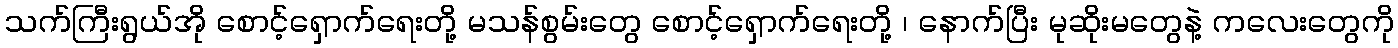
သက်ကြီးရွယ်အို စောင့်ရှောက်ရေးတို့ မသန်စွမ်းတွေ စောင့်ရှောက်ရေးတို့ ၊ နောက်ပြီး မုဆိုးမတွေနဲ့ ကလေးတွေကို